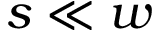
s \ll w